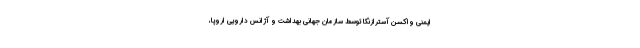
ایمنی واکسن آسترازنکا توسط سازمان جهانی بهداشت و آژانس دارویی اروپا،